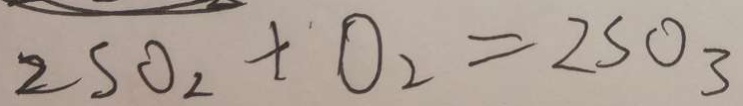
2 S O _ { 2 } + O _ { 2 } = 2 S O _ { 3 }